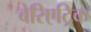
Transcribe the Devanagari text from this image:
बेरिएट्रिक